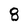
Character: 8